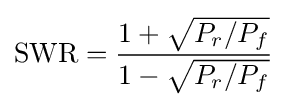
{\text{SWR}}={\frac {1+{\sqrt {P_{r}/P_{f}}}}{1-{\sqrt {P_{r}/P_{f}}}}}